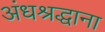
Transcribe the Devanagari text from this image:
अंधश्रद्धाना